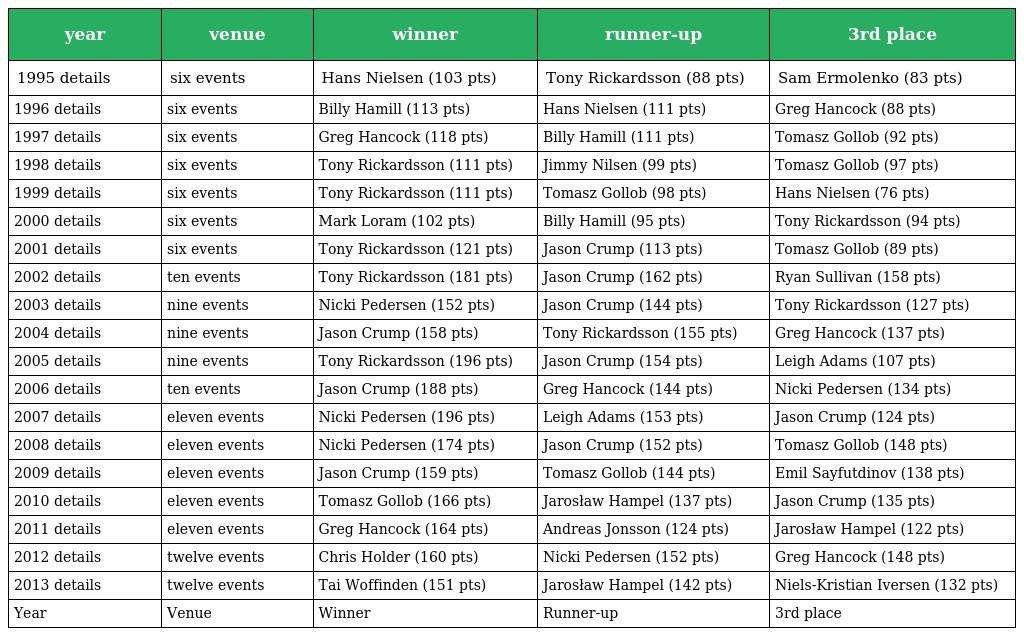
| year | venue | winner | runner-up | 3rd place |
 | --- | --- | --- | --- | --- |
 | 1995 details | six events | Hans Nielsen (103 pts) | Tony Rickardsson (88 pts) | Sam Ermolenko (83 pts) |
 | 1996 details | six events | Billy Hamill (113 pts) | Hans Nielsen (111 pts) | Greg Hancock (88 pts) |
 | 1997 details | six events | Greg Hancock (118 pts) | Billy Hamill (111 pts) | Tomasz Gollob (92 pts) |
 | 1998 details | six events | Tony Rickardsson (111 pts) | Jimmy Nilsen (99 pts) | Tomasz Gollob (97 pts) |
 | 1999 details | six events | Tony Rickardsson (111 pts) | Tomasz Gollob (98 pts) | Hans Nielsen (76 pts) |
 | 2000 details | six events | Mark Loram (102 pts) | Billy Hamill (95 pts) | Tony Rickardsson (94 pts) |
 | 2001 details | six events | Tony Rickardsson (121 pts) | Jason Crump (113 pts) | Tomasz Gollob (89 pts) |
 | 2002 details | ten events | Tony Rickardsson (181 pts) | Jason Crump (162 pts) | Ryan Sullivan (158 pts) |
 | 2003 details | nine events | Nicki Pedersen (152 pts) | Jason Crump (144 pts) | Tony Rickardsson (127 pts) |
 | 2004 details | nine events | Jason Crump (158 pts) | Tony Rickardsson (155 pts) | Greg Hancock (137 pts) |
 | 2005 details | nine events | Tony Rickardsson (196 pts) | Jason Crump (154 pts) | Leigh Adams (107 pts) |
 | 2006 details | ten events | Jason Crump (188 pts) | Greg Hancock (144 pts) | Nicki Pedersen (134 pts) |
 | 2007 details | eleven events | Nicki Pedersen (196 pts) | Leigh Adams (153 pts) | Jason Crump (124 pts) |
 | 2008 details | eleven events | Nicki Pedersen (174 pts) | Jason Crump (152 pts) | Tomasz Gollob (148 pts) |
 | 2009 details | eleven events | Jason Crump (159 pts) | Tomasz Gollob (144 pts) | Emil Sayfutdinov (138 pts) |
 | 2010 details | eleven events | Tomasz Gollob (166 pts) | Jarosław Hampel (137 pts) | Jason Crump (135 pts) |
 | 2011 details | eleven events | Greg Hancock (164 pts) | Andreas Jonsson (124 pts) | Jarosław Hampel (122 pts) |
 | 2012 details | twelve events | Chris Holder (160 pts) | Nicki Pedersen (152 pts) | Greg Hancock (148 pts) |
 | 2013 details | twelve events | Tai Woffinden (151 pts) | Jarosław Hampel (142 pts) | Niels-Kristian Iversen (132 pts) |
 | Year | Venue | Winner | Runner-up | 3rd place |